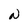
Character: N